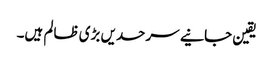
یقین جانیے سرحدیں بڑی ظالم ہیں۔